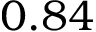
0 . 8 4